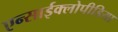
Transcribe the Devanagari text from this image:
एन्साईक्लोपीडिया